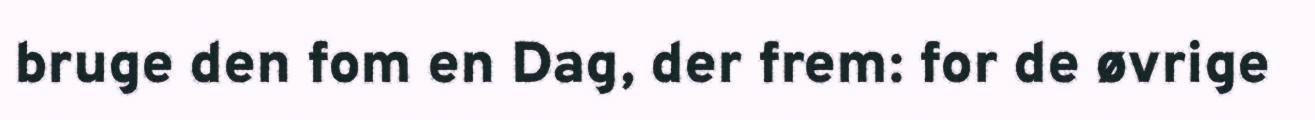
bruge den fom en Dag, der frem: for de øvrige